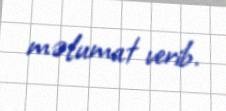
məlumat verib.